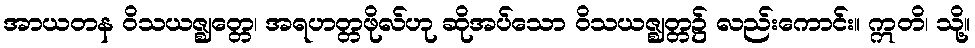
အာယတန ဝိသယဇ္ဈတ္တေ၊ အရဟတ္တဖိုလ်ဟု ဆိုအပ်သော ဝိသယဇ္ဈတ္တ၌ လည်းကောင်း။ ဣတိ၊ သို့။